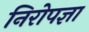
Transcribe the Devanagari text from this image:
निरोपज्ञा